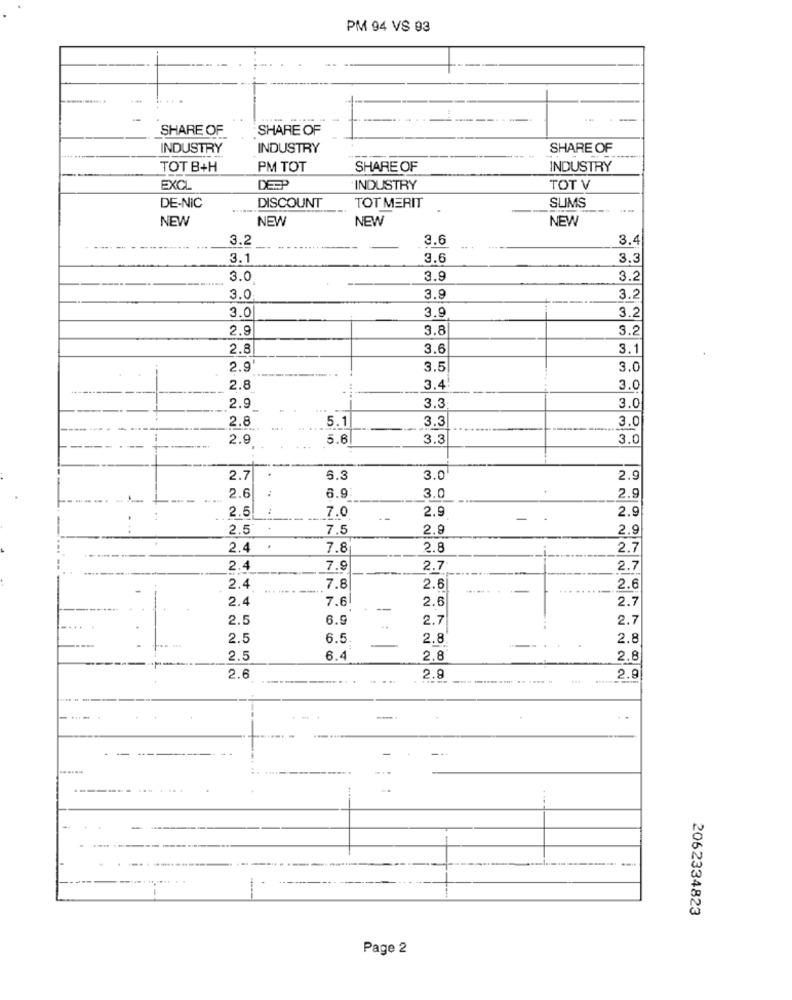
PM 94 VS 93
-
SHARE OF
SHARE OF
INDUSTRY
INDUSTRY
SHARE OF
TOT B+H
PM TOT
SHARE OF
INDUSTRY
EXCL
DESP
INDUSTRY
TOT V
DE-NIC
DISCOUNT
TOT MERIT
SLIMS
NEW
NEW
NEW
NEW
3.2
3.6
3.4
3.1
3.6
3.3
3.0
3.9
3.2
3.0
3.9
3.2
3.0
3.9
3.2
2.9
3.8
3.2
2.8
3.6
3.1
2.9
3.5
3.0
2.8
3.4
3.0
3.3
2.9
3.0
2.8
5.1
3.3
3.0
--
2.9
5.6
3.3
3.0
2.7
6.3
3.0
2.9
3.0
2.9
2.6
6.9
2.5
2.9
2.9
7.0
2.5
7.5
2.9
2.9
2.4
7.8
2.8
2.7
2.4
7.9
2.7
2.7
2.4
7.8
2.6
2.6
2.4
7.6
2.6
2.7
-
2.5
6.9
2.7
-
2.7
..
2.5
6.5.
2.8
2.8
2.5
6.4
2.8
2.8
2.9
2.6
2.9
2062334823
Page 2